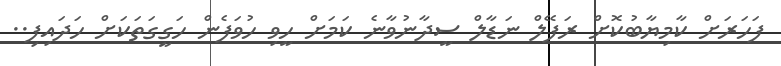
ފަހަރަށް ކާމިޔާބުކޮށް ރަފޭލް ނަޑާލް ސީދާނުވާނެ ކަމަށް ހީވި ހުވަފެން ހަގީގަތަކަށް ހަދައިފި..